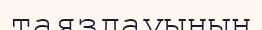
таяздауының